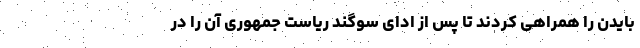
بایدن را همراهی کردند تا پس از ادای سوگند ریاست ‌جمهوری آن را در